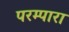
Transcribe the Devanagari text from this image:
परम्पारा